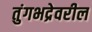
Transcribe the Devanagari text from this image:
तुंगभद्रेवरील